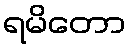
ရမိတော